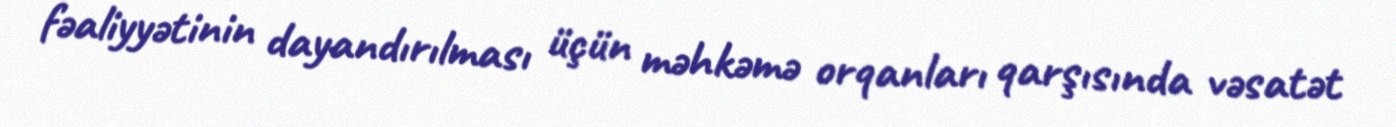
fəaliyyətinin dayandırılması üçün məhkəmə orqanları qarşısında vəsatət